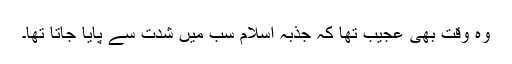
وہ وقت بھی عجیب تھا کہ جذبۂ اسلام سب میں شدت سے پایا جاتا تھا۔